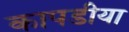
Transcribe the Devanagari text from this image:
कापडीया